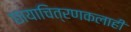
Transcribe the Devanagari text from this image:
छायाचित्रणकलाही